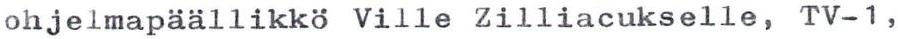
ohjelmapäällikkö Ville Zilliacukselle, TV-1,